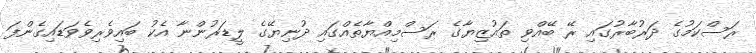
ރަސްކަމުގެ ދަރުބާރުގައި ރޭ ބޭއްވި ތައުޒިޔާގެ ރަސްމިއްޔާތެއްގައި ދުނިޔޭގެ ލީޑަރުންނާ އެކު ބައިވެރިވެވަޑައިގެންފަ